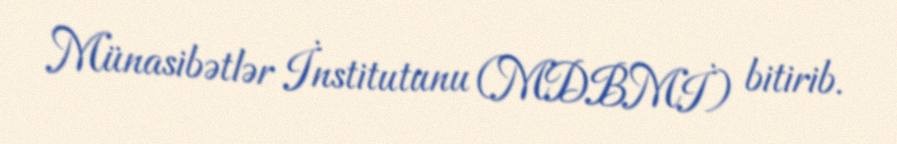
Münasibətlər İnstitutunu (MDBMİ) bitirib.